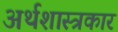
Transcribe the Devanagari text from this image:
अर्थशास्त्रकार